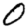
Digit: 0